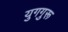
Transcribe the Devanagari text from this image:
युगगुरू